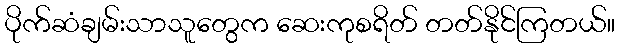
ပိုက်ဆံချမ်းသာသူတွေက ဆေးကုစရိတ် တတ်နိုင်ကြတယ်။